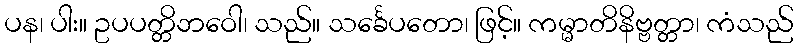
ပန၊ ပါး။ ဥပပတ္တိဘဝေါ၊ သည်။ သင်္ခေပတော၊ ဖြင့်။ ကမ္မာတိနိဗ္ဗတ္တာ၊ ကံသည်